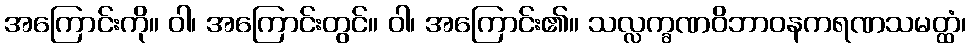
အကြောင်းကို။ ဝါ၊ အကြောင်းတွင်။ ဝါ၊ အကြောင်း၏။ သလ္လက္ခဏဝိဘာဝနကရဏသမတ္ထံ၊